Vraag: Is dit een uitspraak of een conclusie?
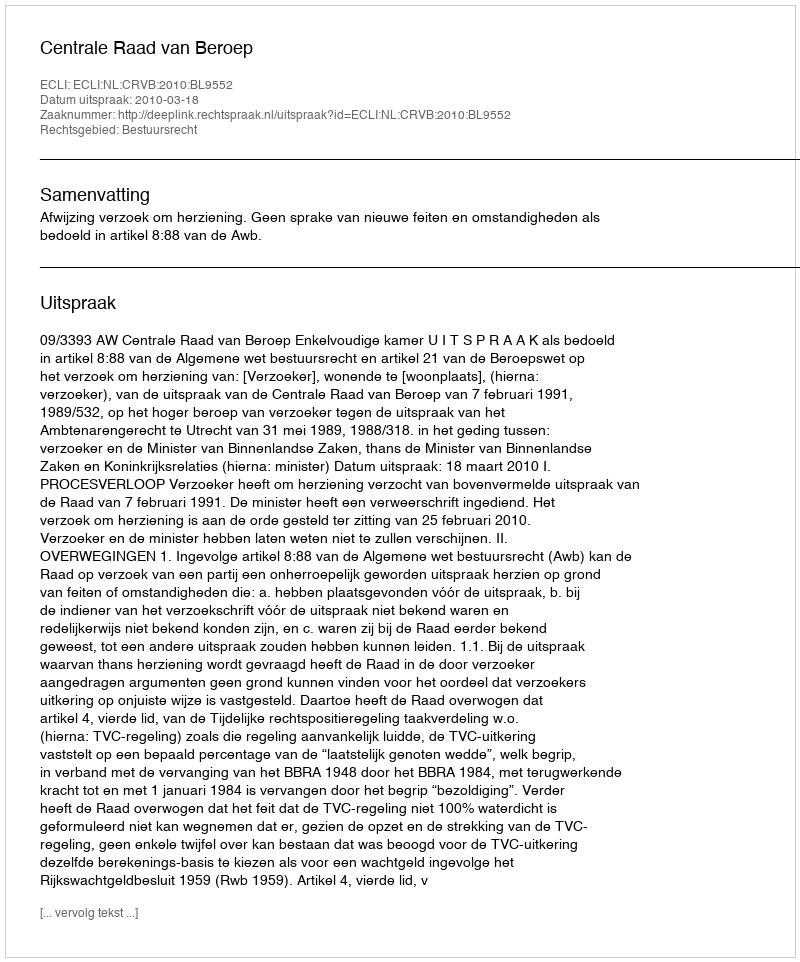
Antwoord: Uitspraak